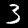
Digit: 3